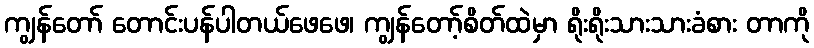
ကျွန်တော် တောင်းပန်ပါတယ်ဖေဖေ၊ ကျွန်တော့်စိတ်ထဲမှာ ရိုးရိုးသားသားခံစား တာကို